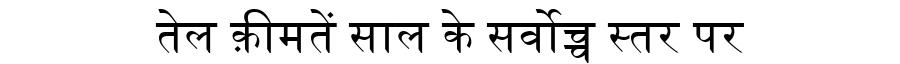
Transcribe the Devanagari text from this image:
तेल क़ीमतें साल के सर्वोच्च स्तर पर